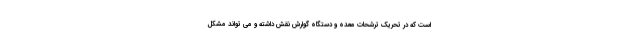
است که در تحریک ترشحات معده و دستگاه گوارش نقش داشته و مي تواند مشکل